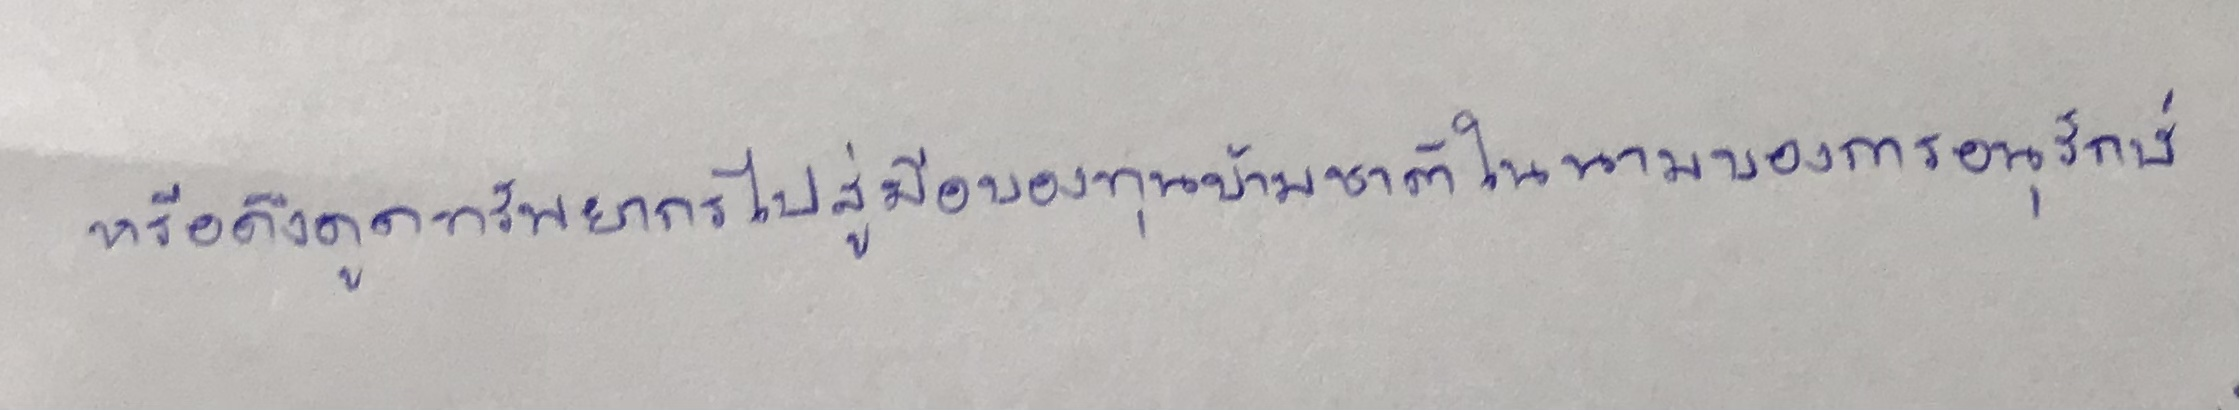
หรือดึงดูดทรัพยากรไปสู่มือของทุนข้ามชาติในนามของการอนุรักษ์